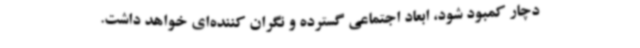
دچار کمبود شود، ابعاد اجتماعی گسترده و نگران کننده‌ای خواهد داشت.